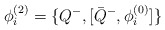
\begin{align*}\phi_{i}^{(2)} = \{ Q^- , [ {\bar Q}^- , \phi_{i}^{(0)} ] \}\end{align*}